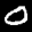
Label: 0